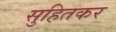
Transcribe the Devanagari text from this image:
सुहितकर